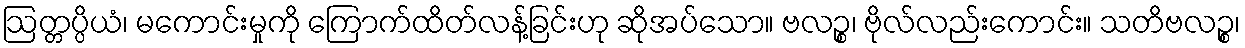
ဩတ္တပ္ပိယံ၊ မကောင်းမှုကို ကြောက်ထိတ်လန့်ခြင်းဟု ဆိုအပ်သော။ ဗလဉ္စ၊ ဗိုလ်လည်းကောင်း။ သတိဗလဉ္စ၊